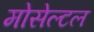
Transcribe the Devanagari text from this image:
मोसेल्टल